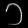
Digit: ၁